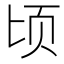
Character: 顷